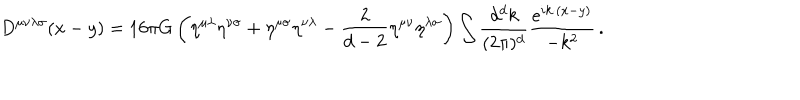
D ^ { \mu \nu \lambda \sigma } ( x - y ) = 1 6 \pi G \left( \eta ^ { \mu \lambda } \eta ^ { \nu \sigma } + \eta ^ { \mu \sigma } \eta ^ { \nu \lambda } - { \frac { 2 } { d - 2 } } \eta ^ { \mu \nu } \eta ^ { \lambda \sigma } \right) \int { \frac { d ^ { d } k } { ( 2 \pi ) ^ { d } } } { \frac { e ^ { i k \cdot ( x - y ) } } { - k ^ { 2 } } } \, .